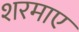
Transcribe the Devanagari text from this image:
शरमाए